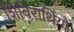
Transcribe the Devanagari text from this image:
शिविरार्थियों